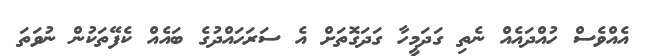
އެއްވެސް ހުއްދައެއް ނެތި ގަދަމީހާ ގަދަގޮތަށް އެ ސަރަހައްދުގެ ބައެއް ކެފޭތަކުން ނުވަތަ